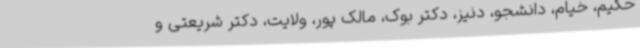
حکیم، خیام، دانشجو، دنیز، دکتر بوک، مالک پور، ولایت، دکتر شریعتی و